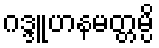
ဂဒ္ဒူဟနမတ္တမ္ပိ